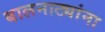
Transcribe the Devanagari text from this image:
बालनाट्यांना